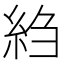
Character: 䋓